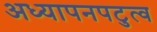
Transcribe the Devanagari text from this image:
अध्यापनपटुत्व